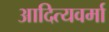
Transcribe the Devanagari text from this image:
आदित्यवर्मा